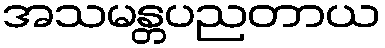
အသမန္တပညတာယ